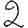
Digit: 2